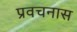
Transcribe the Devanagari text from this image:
प्रवचनास